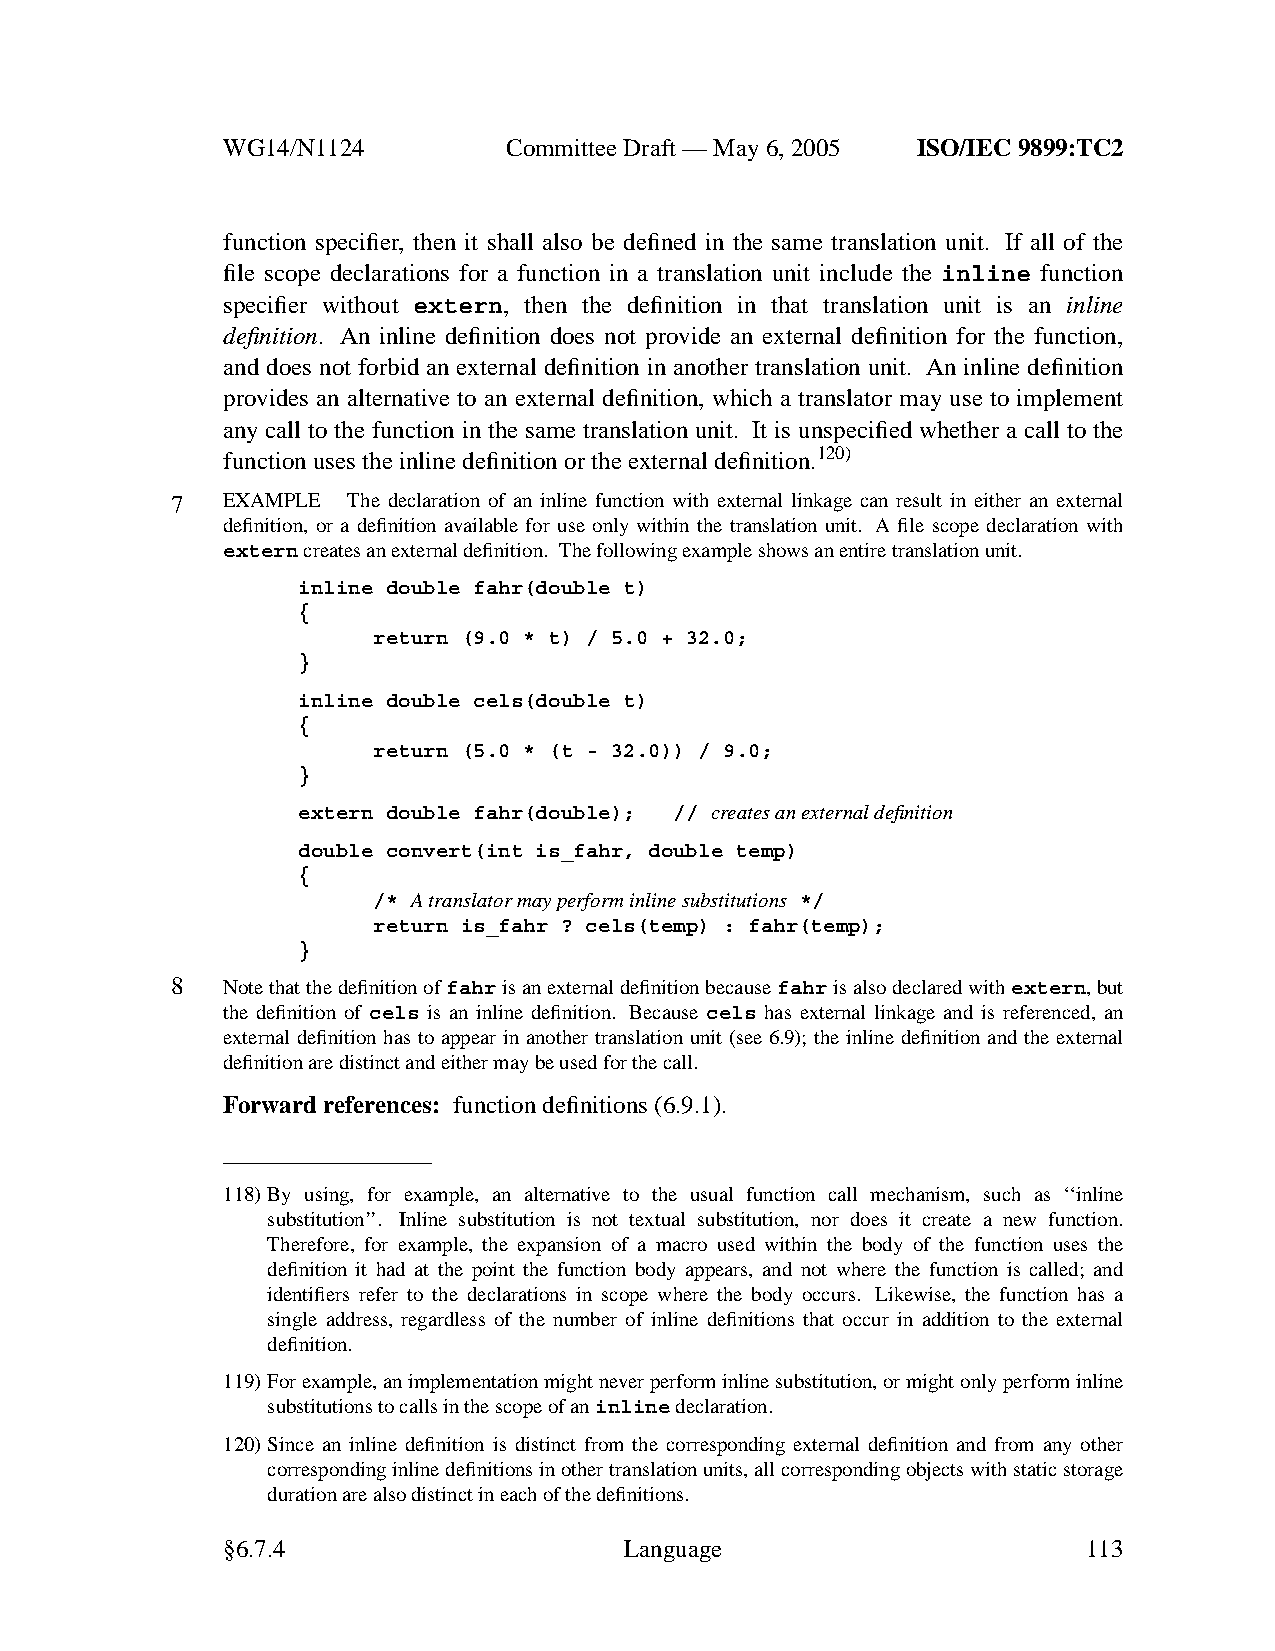
WG14/N1124        CommitteeDraft — May 6, 2005 ISO/IEC 9899:TC2
 function specifier, then it shall also be defined in the same translation unit. If all of the
 file scope declarations for a function in a translation unit include the inline function
 specifier without extern, then the definition in that translation unit is an inline
 definition. An inline definition does not provide an external definition for the function,
 and does not forbid an external definition in another translation unit. An inline definition
 provides an alternative to an external definition, which a translator may use to implement
 any call to the function in the same translation unit. It is unspecified whether a call to the
 function uses the inline definition or the external definition.120)
 7   EXAMPLE The declaration of an inline function with external linkage can result in either an external
 definition, or a definition available for use only within the translation unit. A file scope declaration with
 externcreates an external definition. The following example shows an entire translation unit.
 inline double fahr(double t)
 {
 return (9.0 * t) / 5.0 + 32.0;
 }
 inline double cels(double t)
 {
 return (5.0 * (t - 32.0)) / 9.0;
 }
 extern double fahr(double); // creates an external definition
 double convert(int is_fahr, double temp)
 {
 /* Atranslator may perform inline substitutions */
 return is_fahr ? cels(temp) : fahr(temp);
 }
 8   Note that the definition offahris an external definition becausefahris also declared withextern,but
 the definition of cels is an inline definition. Because cels has external linkage and is referenced, an
 external definition has to appear in another translation unit (see 6.9); the inline definition and the external
 definition are distinct and either may be used for the call.
 Forward references: function definitions (6.9.1).
 118)By using, for example, an alternative to the usual function call mechanism, such as ‘‘inline
 substitution’’. Inline substitution is not textual substitution, nor does it create a new function.
 Therefore, for example, the expansion of a macro used within the body of the function uses the
 definition it had at the point the function body appears, and not where the function is called; and
 identifiers refer to the declarations in scope where the body occurs. Likewise, the function has a
 single address, regardless of the number of inline definitions that occur in addition to the external
 definition.
 119)Forexample, an implementation might neverperform inline substitution, or might only perform inline
 substitutions to calls in the scope of aninlinedeclaration.
 120)Since an inline definition is distinct from the corresponding external definition and from any other
 corresponding inline definitions in other translation units, all corresponding objects with static storage
 duration are also distinct in each of the definitions.
 §6.7.4                    Language                       113